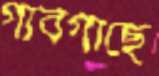
গাবগাছে